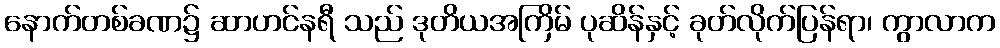
နောက်တစ်ခဏ၌ ဆာဟင်နရီ သည် ဒုတိယအကြိမ် ပုဆိန်နှင့် ခုတ်လိုက်ပြန်ရာ၊ ကွာလာက